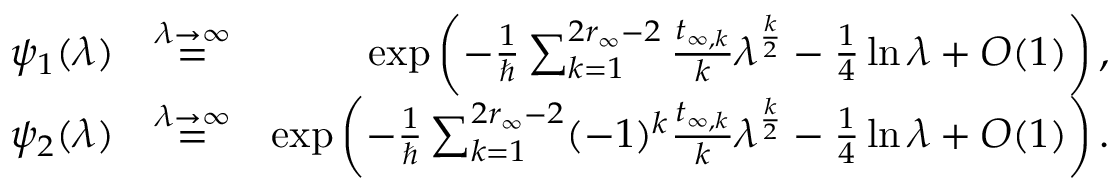
\begin{array} { r l r } { \psi _ { 1 } ( \lambda ) } & { \overset { \lambda \to \infty } { = } } & { \exp \left( - \frac { 1 } { \hbar } \sum _ { k = 1 } ^ { 2 r _ { \infty } - 2 } \frac { t _ { \infty , k } } { k } \lambda ^ { \frac { k } { 2 } } - \frac { 1 } { 4 } \ln \lambda + O ( 1 ) \right) , } \\ { \psi _ { 2 } ( \lambda ) } & { \overset { \lambda \to \infty } { = } } & { \exp \left( - \frac { 1 } { \hbar } \sum _ { k = 1 } ^ { 2 r _ { \infty } - 2 } ( - 1 ) ^ { k } \frac { t _ { \infty , k } } { k } \lambda ^ { \frac { k } { 2 } } - \frac { 1 } { 4 } \ln \lambda + O ( 1 ) \right) . } \end{array}